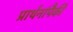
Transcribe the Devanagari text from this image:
प्रार्थनांपैकी